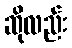
ဆိုလည်း